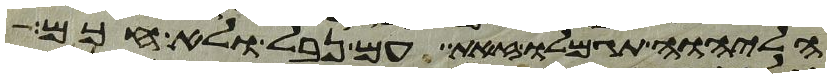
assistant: הליהוה תגמלו זאת עם נבל ולא חכם